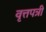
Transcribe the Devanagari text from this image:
वृत्तपत्री